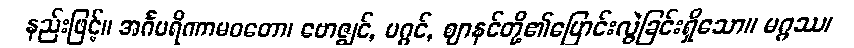
နည်းဖြင့်။ အင်္ဂပရိဏာမဝတော၊ ဗောဇ္ဈင်, မဂ္ဂင်, ဈာနင်တို့၏ပြောင်းလွဲခြင်းရှိသော။ မဂ္ဂဿ၊